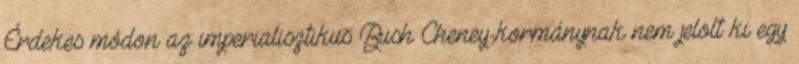
Érdekes módon az imperialisztikus Bush–Cheney-kormánynak nem jelölt ki egy